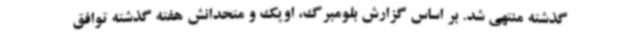
گذشته منتهی شد. بر اساس گزارش بلومبرگ، اوپک و متحدانش هفته گذشته توافق